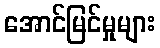
အောင်မြင်မှုများ